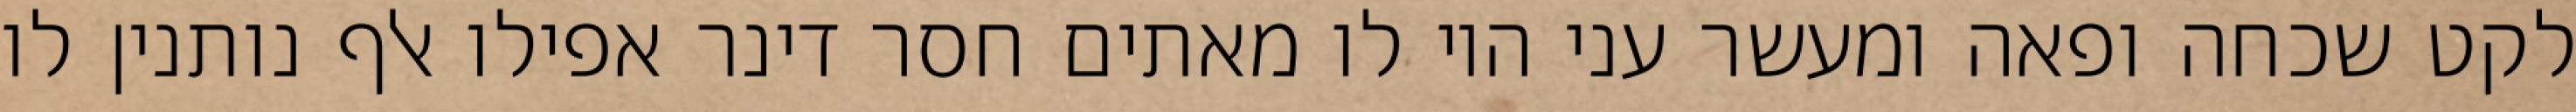
לקט שכחה ופאה ומעשר עני היו לו מאתים חסר דינר אפילו אלף נותנין לו